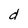
Character: d